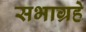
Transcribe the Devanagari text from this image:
सभाग्रहे